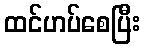
ထင်ဟပ်စေပြီး